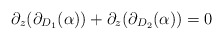
\begin{align*}\partial_z(\partial_{D_1}(\alpha))+\partial_z(\partial_{D_2}(\alpha))=0\end{align*}